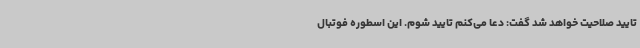
تایید صلاحیت خواهد شد گفت: دعا می‌کنم تایید شوم. این اسطوره فوتبال